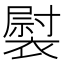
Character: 褽